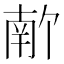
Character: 𫧣